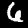
Label: 6